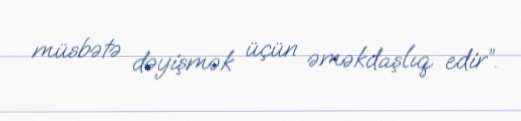
müsbətə dəyişmək üçün əməkdaşlıq edir”.